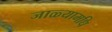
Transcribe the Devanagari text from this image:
जाळ्यामधि